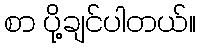
စာ ပို့ချင်ပါတယ်။